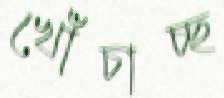
খোঁচাচ্ছ